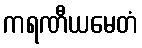
ကရဏီယမေတံ